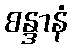
စန္ဒာနံ